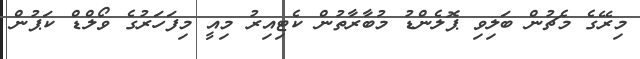
މިރޭގެ މެޗުން ބަލިވި ޕޮލެންޑު މުބާރާތުން ކެޓިއިރު މިއީ މިފަހަރުގެ ވޯލްޑް ކަޕުން